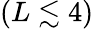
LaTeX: (L\lesssim 4)